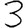
Digit: 3